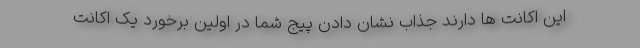
این اکانت ها دارند جذاب نشان دادن پیج شما در اولین برخورد یک اکانت